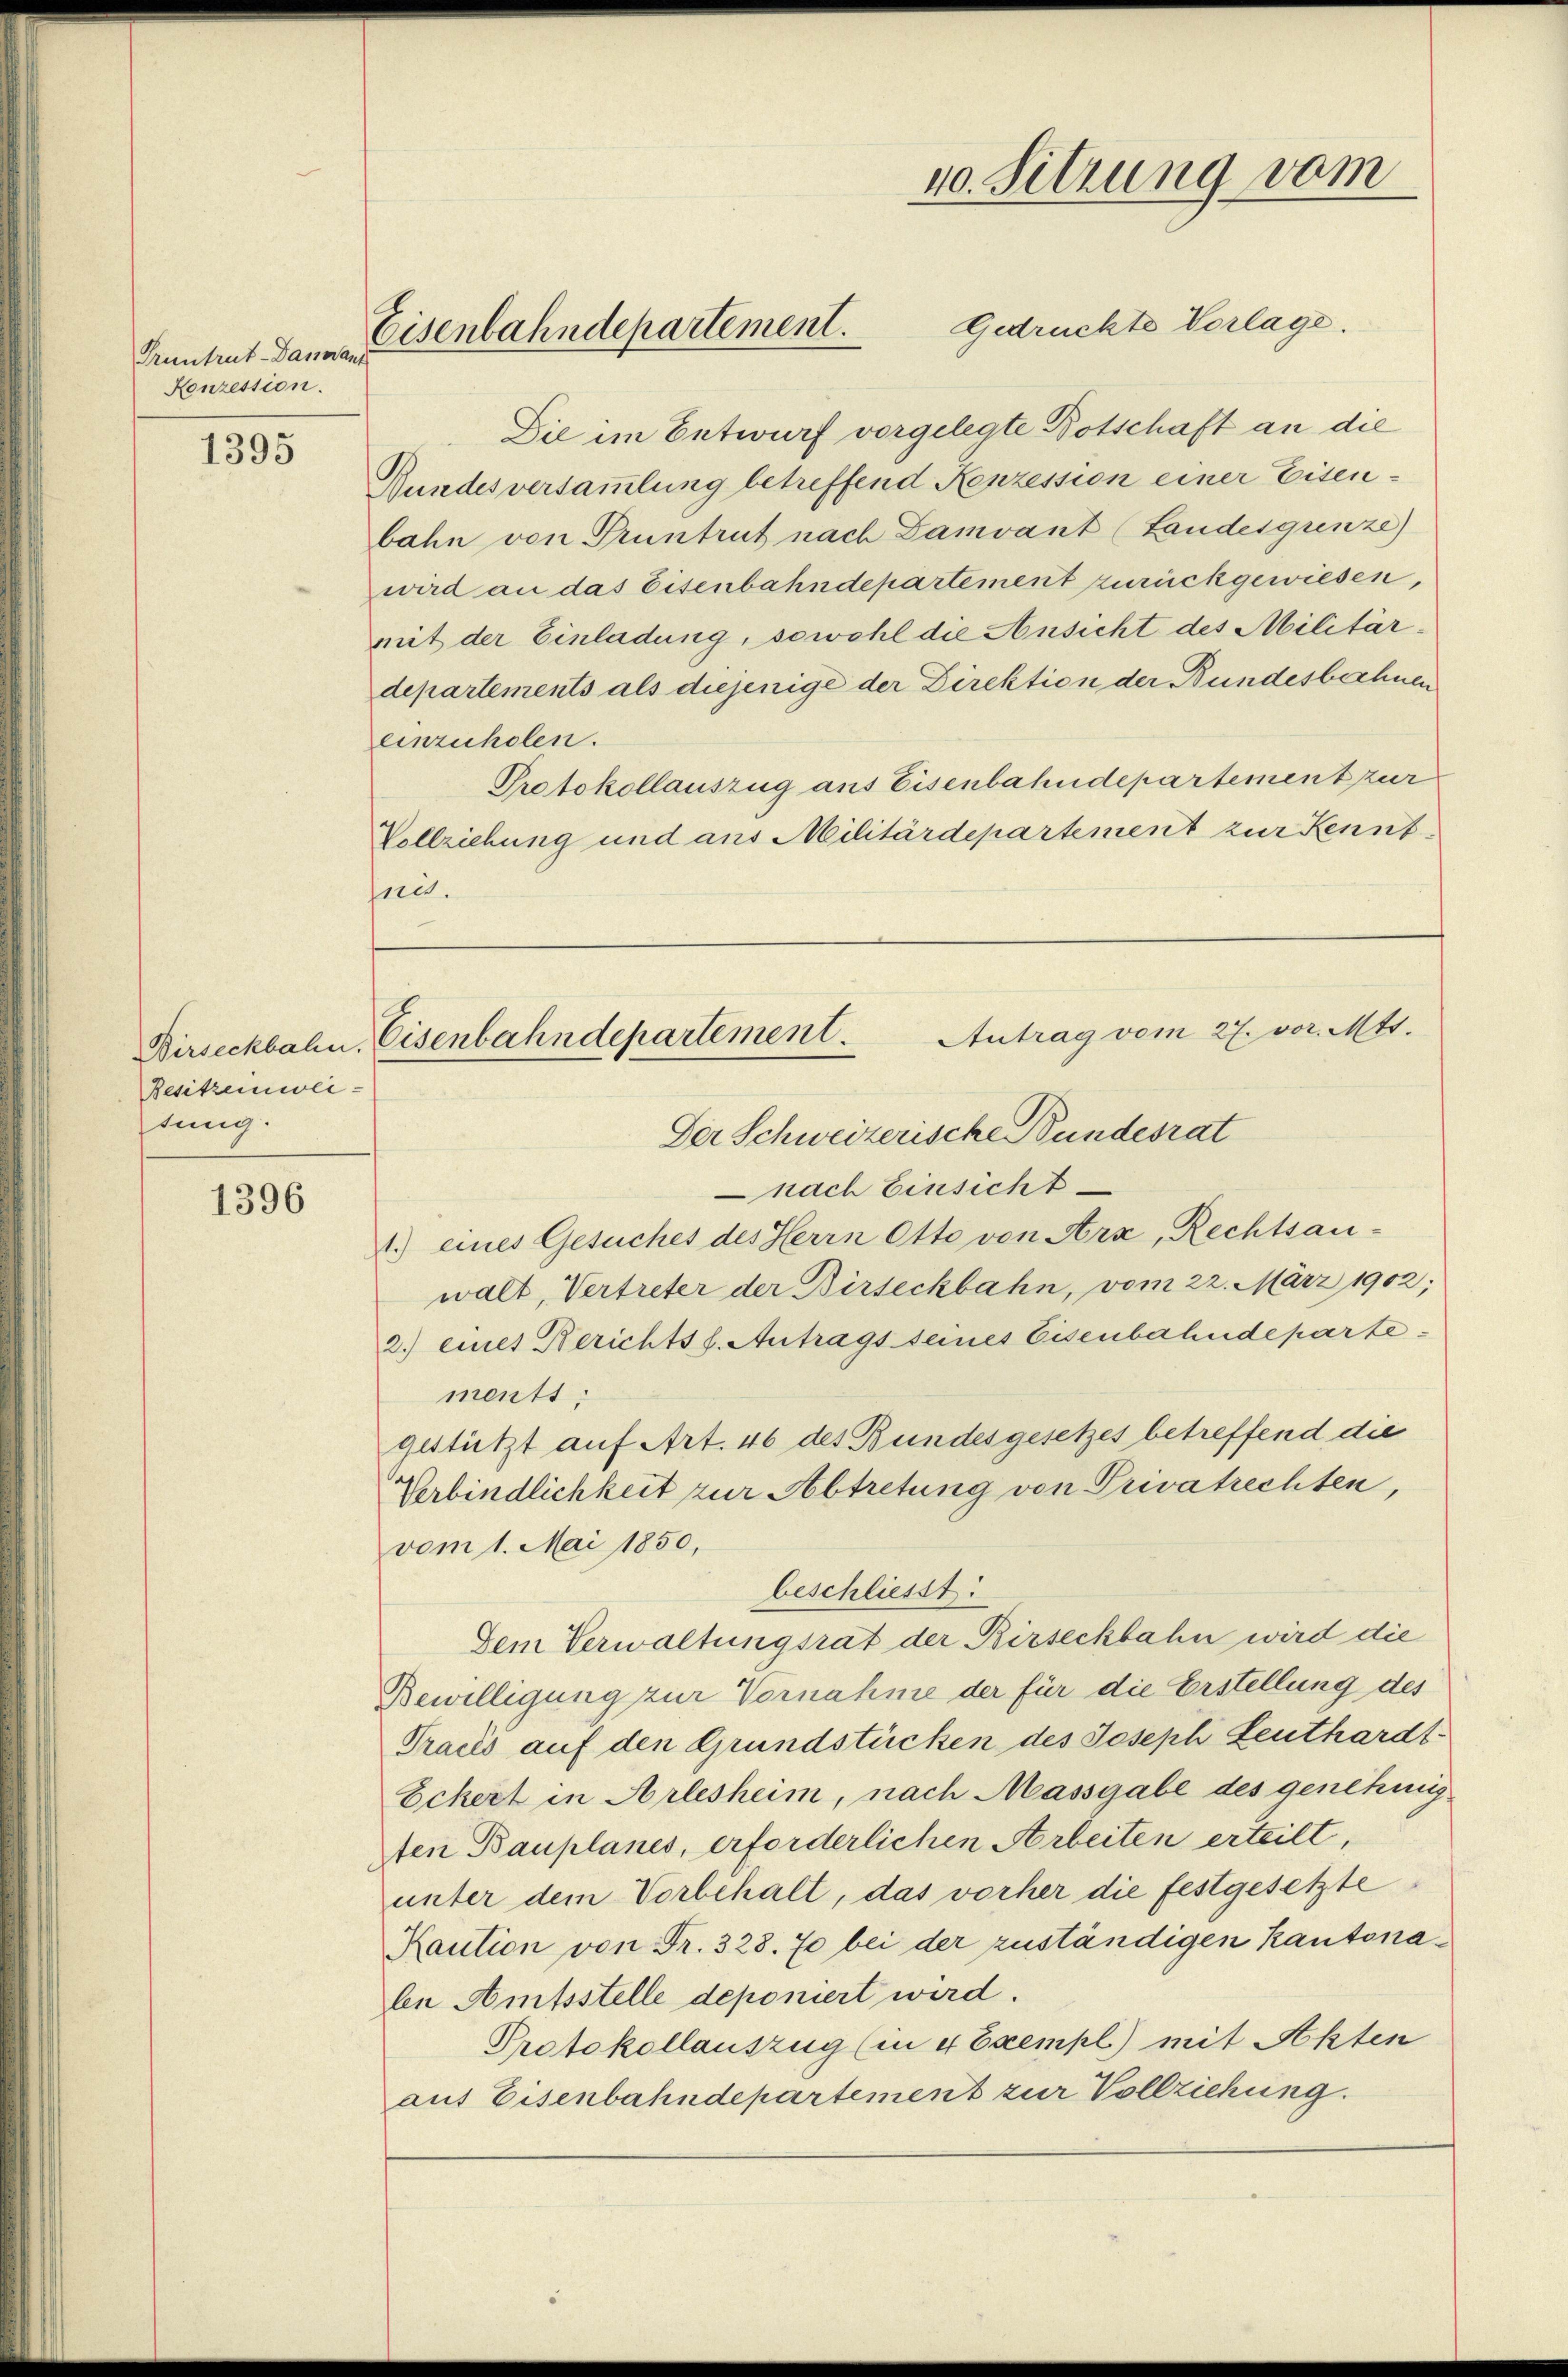
Pruntrut-Bannant
Kenzession.

1395

Besitzeinweitung.

1396

40. Sitzung vom
Gedrückte Vorlage.
Eisenbahndepartement.

Die im Entwurf vorgelegte Botschaft an die
Bundesversammlung betreffend Konzession einer Eisen-
bahn von Pruntrut nach Damvant (Landesgrenze)
wird an das Eisenbahndepartement zurückgewiesen,
mit der Einladung, sowohl die Ansicht des Militär-
departements als diejenige der Direktion der Bundesbachnen
einzuholen.
Protokollauszug aus Eisenbahndepartement zur
Vollziehung und aus Militärdepartement zur Kennt
nit.

Antrag vom 27. vor. Mts.
Birseckbahn, Eisenbahndepartement.

Der Schweizerische Bundesrat
nach Einsicht
1.) eines Gesuches des Herrn Otto von Arx, Rechtsau-
walt, Vertreter der Birseckbahn, vom 22. März 1902;
2.) eines Berichtss. Antrags seines Eisenbahndepartements;
gestützt auf Art. 46 des Bundesgesetzes betreffend die
Verbindlichkeit zur Abtretung von Privatrechten,
vom 1. Mai 1850,
beschliesst:
Dem Verwaltungsrat der Birseckbahn wird die
Bewilligung zur Vornahme der für die Erstellung des
Tracés auf den Grundstücken des Joseph Leuthardt-
Eckert in Arlesheim, nach Massgabe des genehmig
ften Bauplanes, erforderlichen Arbeiten erteilt,
unter dem Vorbehalt, das vorher die festgesetzte
Kaution von Fr. 328. 70 bei der zuständigen kantonalen Amtsstelle deponiert wird.
Protokollauszug (in 4 Exempl.) mit Akten
aut Eisenbahndepartement zur Vollziehung